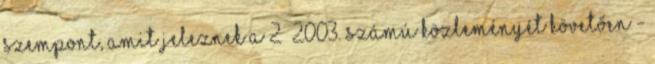
szempont, amit jeleznek a 2 2003. számú közleményét követően -